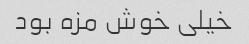
خیلى خوش مزه بود